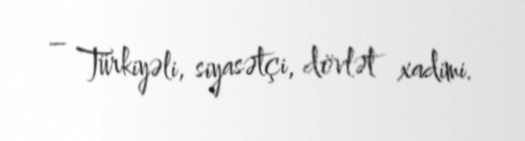
– Türkiyəli, siyasətçi, dövlət xadimi.